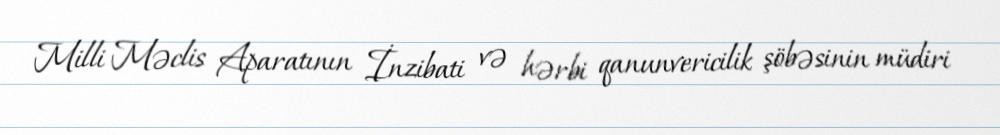
Milli Məclis Aparatının İnzibati və hərbi qanunvericilik şöbəsinin müdiri